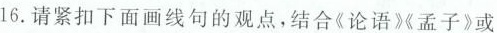
16.请紧扣下面画线句的观点，结合《论语》《孟子》或